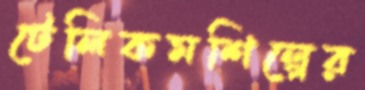
টেলিকমশিল্পের